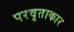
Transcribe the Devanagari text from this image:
परवृताकार